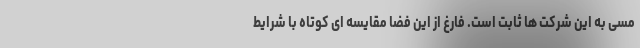
مسی به این شرکت ها ثابت است. فارغ از این فضا مقایسه ای کوتاه با شرایط